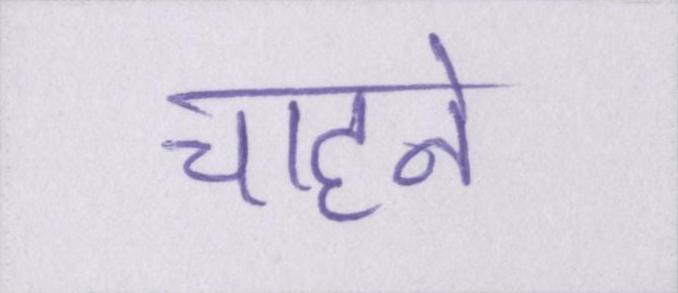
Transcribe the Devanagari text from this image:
चाहने